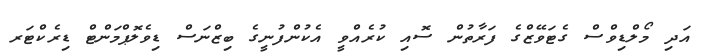
އަދި މޯލްޑިވްސް ގެޓަވޭޒްގެ ފަރާތުން ސޮއި ކުރެއްވީ އެކުންފުނީގެ ބިޒްނަސް ޑިވެލޮޕްމަންޓް ޑިރެކްޓަރ